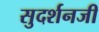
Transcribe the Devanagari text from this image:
सुदर्शनजी